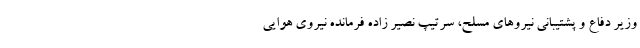
وزیر دفاع و پشتیبانی نیروهای مسلح، سرتیپ نصیر زاده فرمانده نیروی هوایی